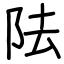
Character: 阹